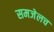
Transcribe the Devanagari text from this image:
समजेलच